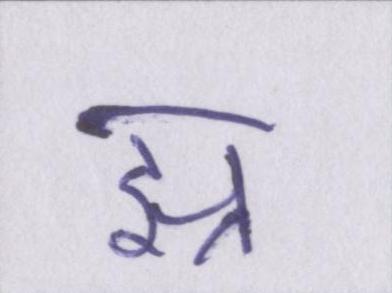
झ्र